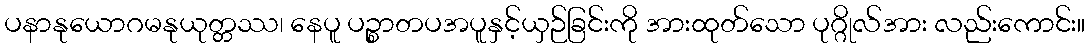
ပနာနုယောဂမနုယုတ္တဿ၊ နေပူ ပဉ္စာတပအပူနှင့်ယှဉ်ခြင်းကို အားထုတ်သော ပုဂ္ဂိုလ်အား လည်းကောင်း။